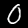
Label: 0